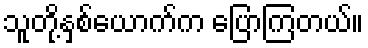
သူတို့နှစ်ယောက်က ပြောကြတယ်။